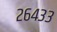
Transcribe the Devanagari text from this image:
२६४३३